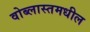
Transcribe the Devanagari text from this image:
वोब्लास्तमधील